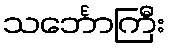
သင်္ဘောကြီး